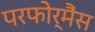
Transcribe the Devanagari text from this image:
परफोर्मैंस